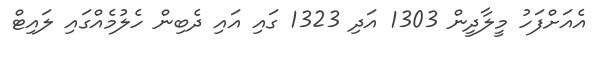
އެއަށްފަހު މީލާދީން 1303 އަދި 1323 ގައި އައި ދެބިން ހެލުމެއްގައި ލައިޓް